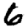
Digit: 6